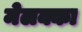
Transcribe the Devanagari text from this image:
मेलक्का